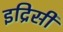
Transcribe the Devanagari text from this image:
इद्रिसी